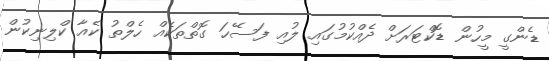
ޑެންގީ މީހުން ޑޮކްޓަރަށް ދެއްކުމުގައި ލުއި ފަސޭހަ ގޮތްތަކެއް ހެލްތު ކެއާ ކްލިނިކުން